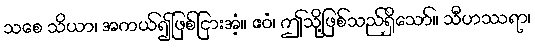
သစေ သိယာ၊ အကယ်၍ဖြစ်ငြားအံ့။ ဧဝံ၊ ဤသို့ဖြစ်သည်ရှိသော်။ သီဟဿရာ၊